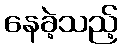
နေခဲ့သည့်